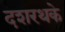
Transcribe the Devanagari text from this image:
दशरथके